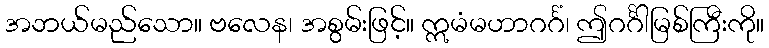
အဘယ်မည်သော။ ဗလေန၊ အစွမ်းဖြင့်။ ဣမံမဟာဂင်္ဂံ၊ ဤဂင်္ဂါမြစ်ကြီးကို။